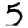
Digit: 5